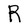
Character: R